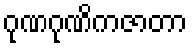
ဂုဏဂုဏိကဇာတာ